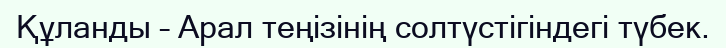
Құланды – Арал теңізінің солтүстігіндегі түбек.